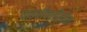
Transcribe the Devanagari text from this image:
पाइरॉक्सीलीन